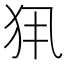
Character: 𤜾